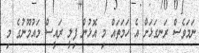
ނަމަވެސް ރަނގަޅަށް އެ ހަމަތައް މި އޮޅުން ފިލީ ރައީސް މައުމޫނުގެ މި